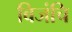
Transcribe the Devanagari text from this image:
बिजंचि